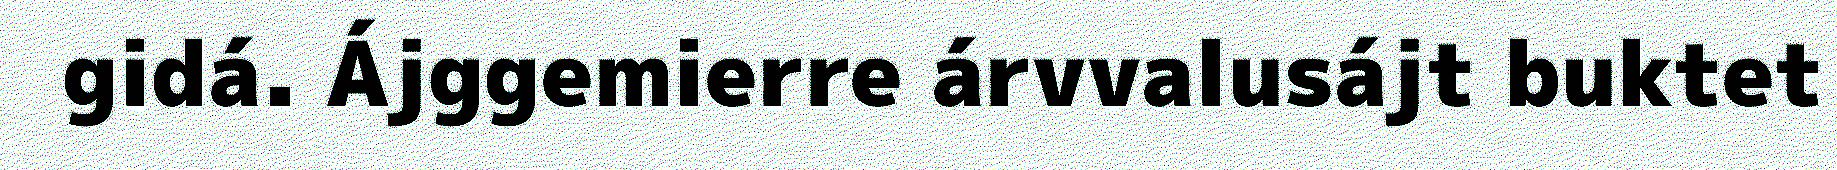
gidá. Ájggemierre árvvalusájt buktet